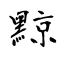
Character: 黥